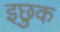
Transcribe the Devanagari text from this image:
इछुक